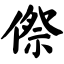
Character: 傺